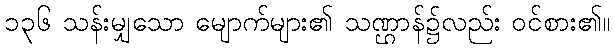
၁၃၆ သန်းမျှသော မျောက်များ၏ သဏ္ဌာန်၌လည်း ဝင်စား၏။